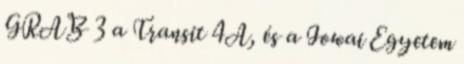
GRAB 3 a Transit 4A, és a Iowai Egyetem